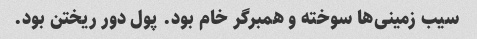
سیب زمینی‌ها سوخته و همبرگر خام بود. پول دور ریختن بود.